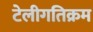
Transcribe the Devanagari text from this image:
टेलीगतिक्रम